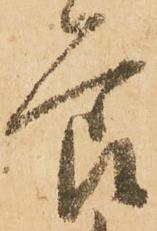
節